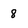
Character: 8